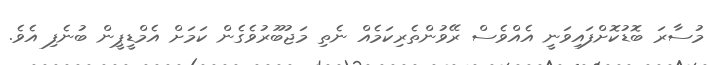
މުސާރަ ބޮޑުކޮށްފައިވަނީ އެއްވެސް ރޭވުންތެރިކަމެއް ނެތި މަޖުބޫރުވެގެން ކަމަށް އެމްޑީޕީން ބުނެފި އެވެ.